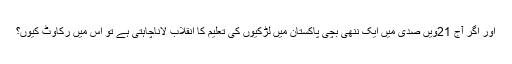
اور اگر آج 21ویں صدی میں ایک ننھی بچی پاکستان میں لڑکیوں کی تعلیم کا انقلاب لاناچاہتی ہے تو اس میں رکاوٹ کیوں؟